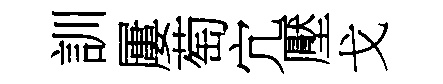
訓屢萄宂壓戈